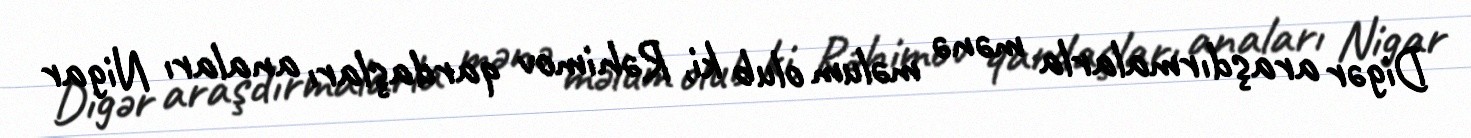
Digər araşdırmalarla mənə məlum olub ki, Rəhimov qardaşları anaları Nigar